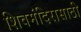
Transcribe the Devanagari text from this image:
शिवमंदिरासाठी